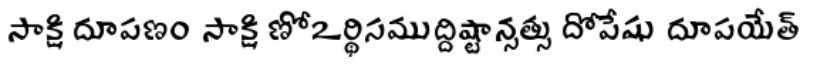
సాక్షిదూపణం సాక్షిణోఽర్థిసముద్దిష్టాన్సత్సు దోపేషు దూపయేత్